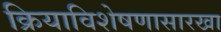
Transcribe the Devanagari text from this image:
क्रियाविशेषणासारखा